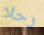
رحلا